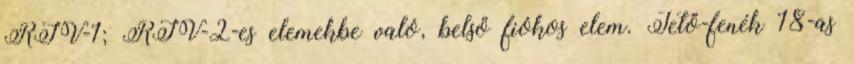
RIV-1; RIV-2-es elemekbe való, belső fiókos elem. Tető-fenék 18-as